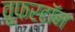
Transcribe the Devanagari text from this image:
वूफरटॉन